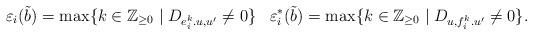
LaTeX: \begin{align*}\varepsilon_{i}(\tilde{b}) & =\max\{k\in\mathbb{Z}_{\geq0}\mid D_{e_{i}^{k}.u,u'}\neq0\} & \varepsilon_{i}^{\ast}(\tilde{b}) & =\max\{k\in\mathbb{Z}_{\geq0}\mid D_{u,f_{i}^{k}.u'}\neq0\}.\end{align*}